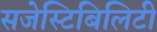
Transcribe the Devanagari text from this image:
सजेस्टिबिलिटी